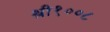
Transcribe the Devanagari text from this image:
श्री१००८